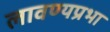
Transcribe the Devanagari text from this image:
लावण्यप्रभा